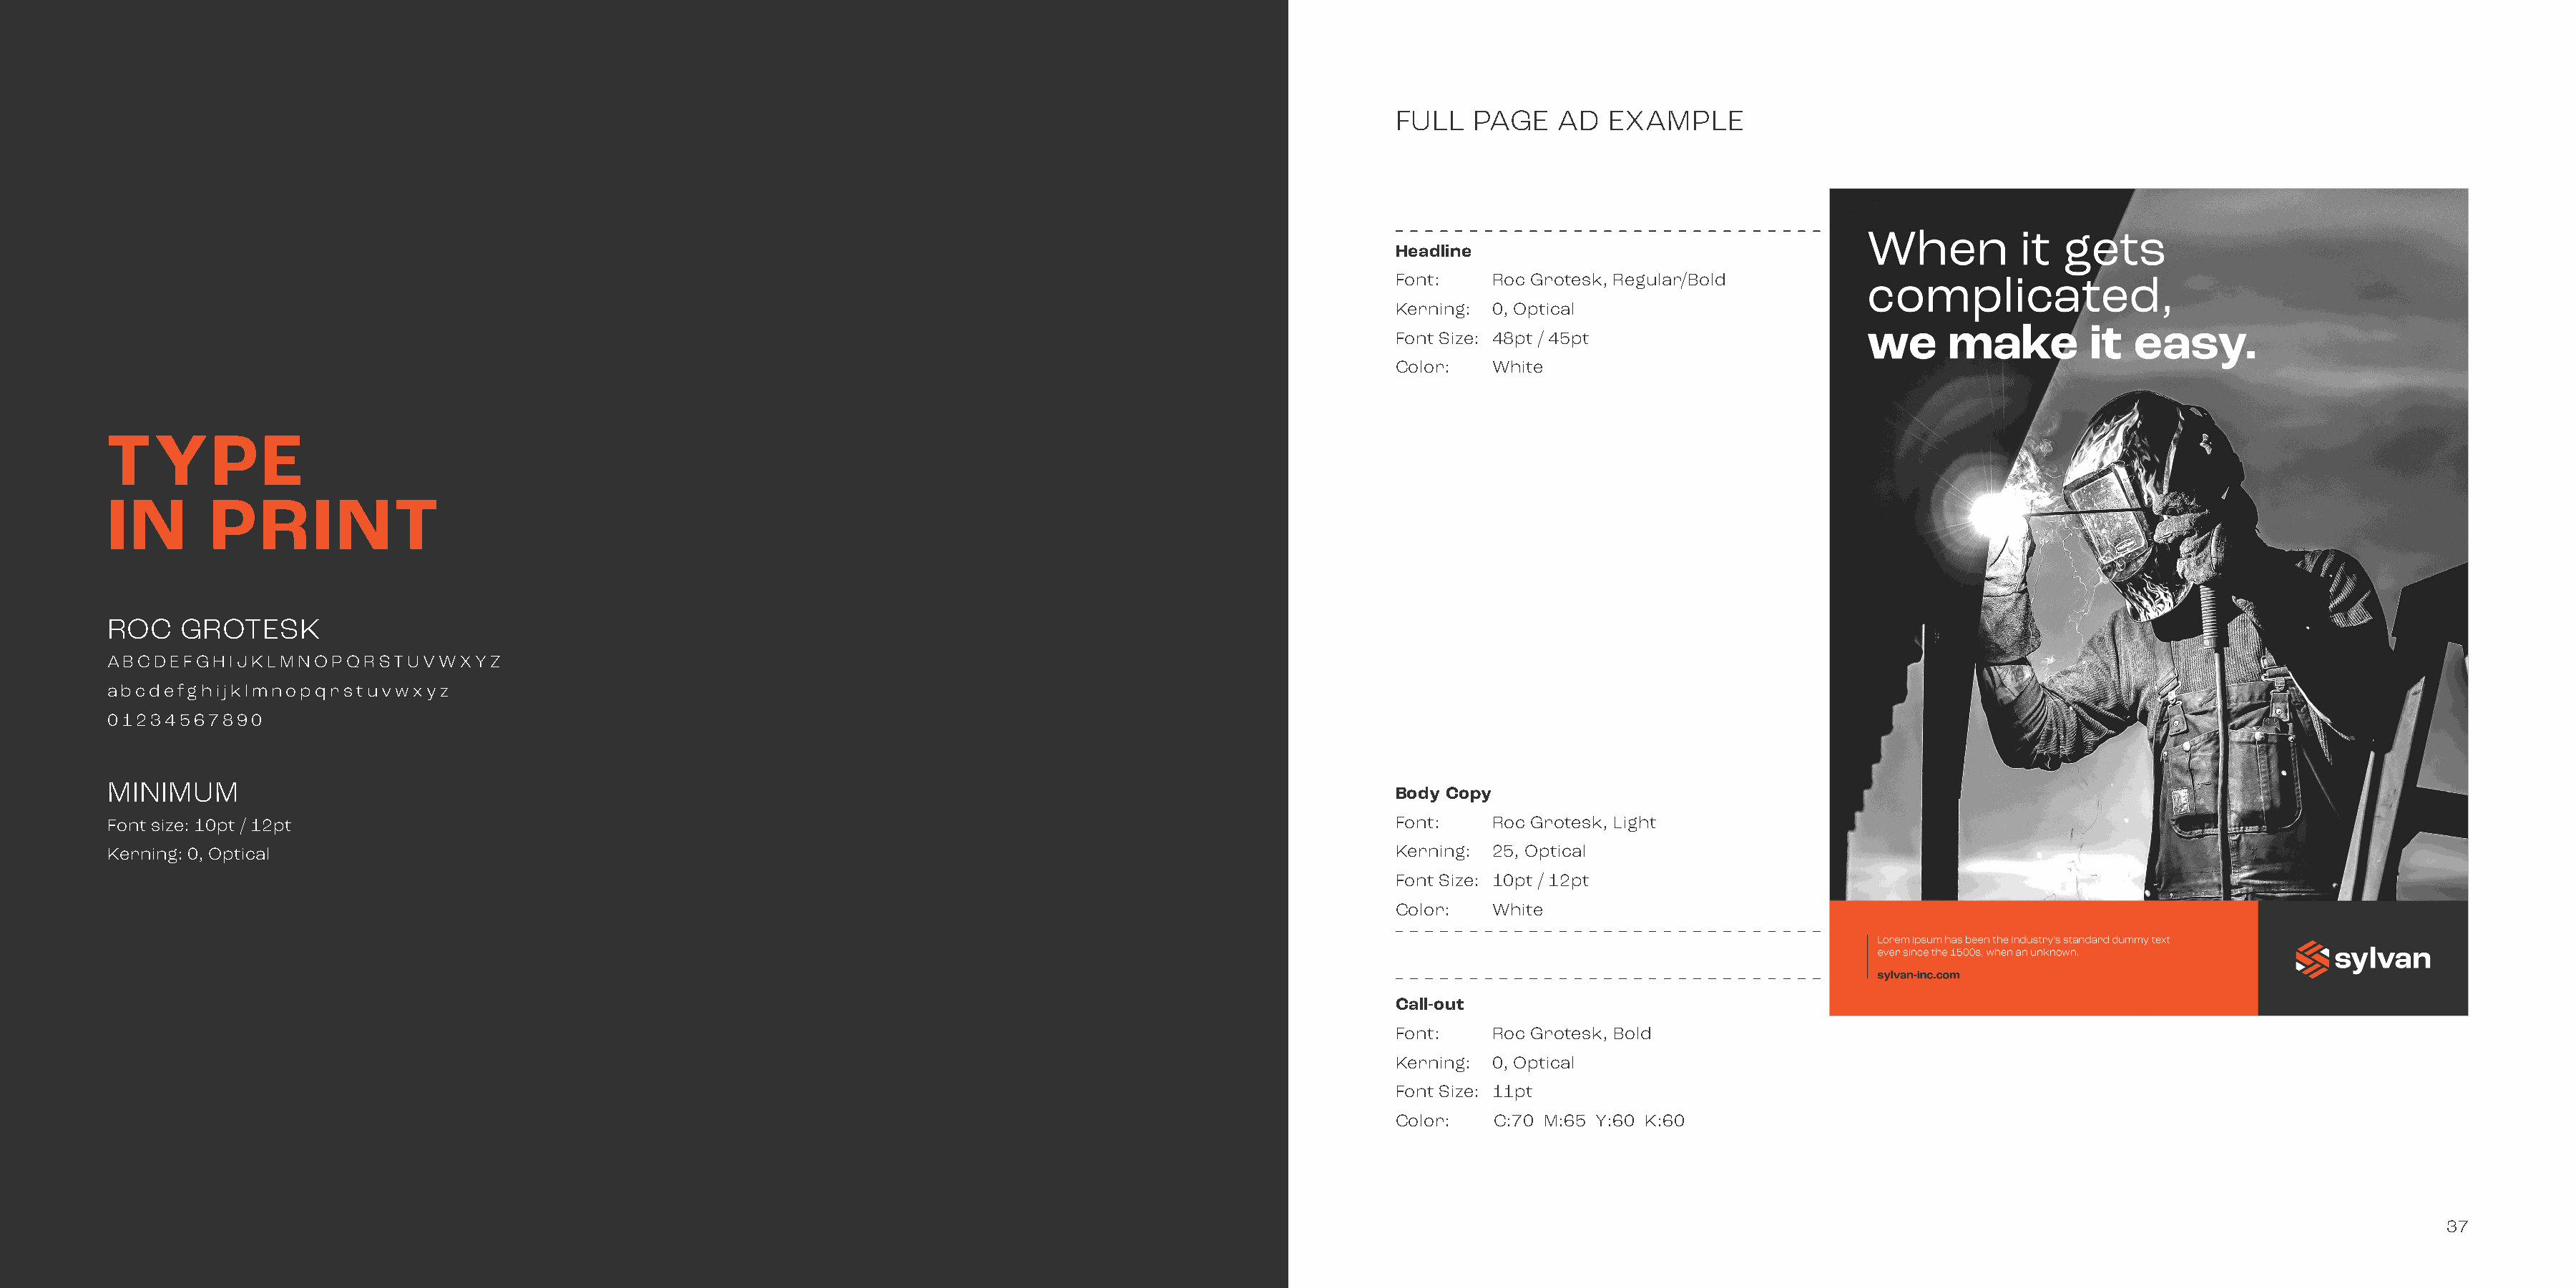
FULL   PAGE    AD   EXAMPLE
 Headline
 Font:    Roc Grotesk, Regular/Bold
 Kerning: 0, Optical
 Font Size: 48pt / 45pt
 Color:   White
 TYPE
 IN       PRINT
 ROC    GROTESK
 ABCDEFGHIJKLMNOPQRSTUVWXYZ
 abcdefghijklmnopqrstuvwxyz
 01234567890
 MINIMUM
 Body Copy
 Font size: 10pt / 12pt                                                                                                 Font:    Roc Grotesk, Light
 Kerning: 0, Optical                                                                                                    Kerning: 25, Optical
 Font Size: 10pt / 12pt
 Color:   White
 Call-out
 Font:    Roc Grotesk, Bold
 Kerning: 0, Optical
 Font Size: 11pt
 Color:   C:70 M:65 Y:60 K:60
 37